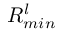
R _ { m i n } ^ { l }